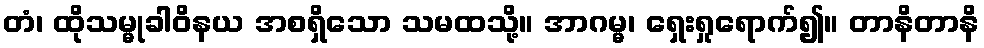
တံ၊ ထိုသမ္မုခါဝိနယ အစရှိသော သမထသို့။ အာဂမ္မ၊ ရှေးရှုရောက်၍။ တာနိတာနိ